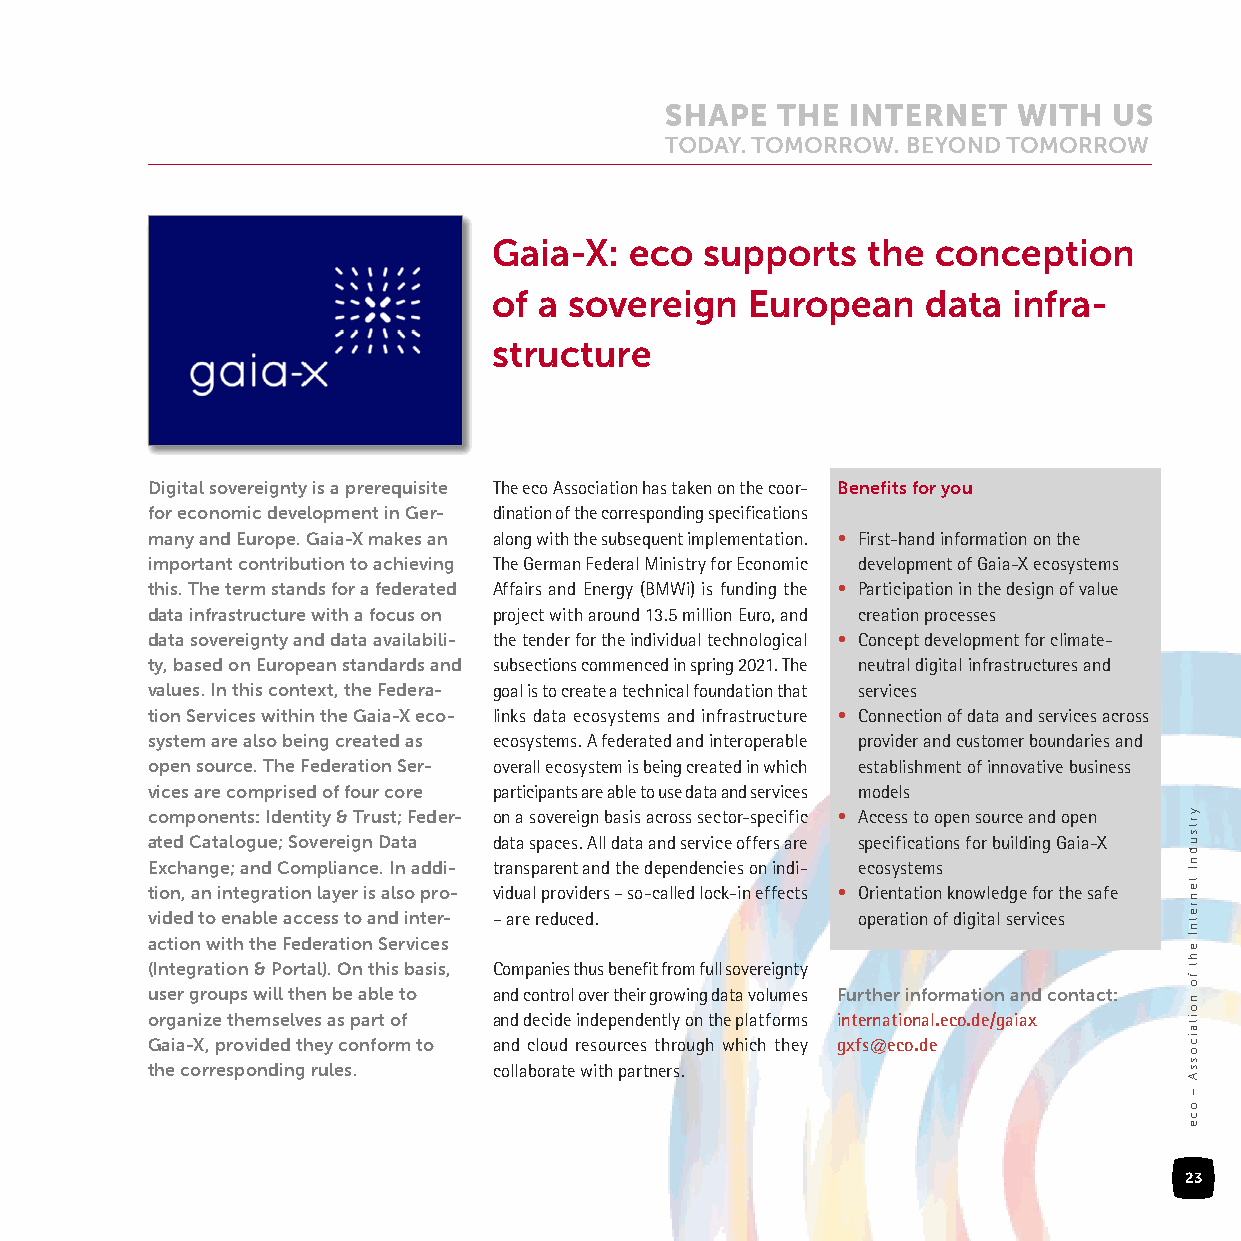
Gaia-X:  eco  supports  the  conception
 of a sovereign  European    data  infra-
 structure
 Digital sovereignty is a prerequisite The eco Association has taken on the coor- Benefits for you
 for economic development in Ger- dination of the corresponding specifications
 many and Europe. Gaia-X makes an along with the subsequent implementation. • First-hand information on the
 important contribution to achieving The German Federal Ministry for Economic development of Gaia-X ecosystems
 this. The term stands for a federated Affairs and Energy (BMWi) is funding the • Participation in the design of value
 data infrastructure with a focus on project with around 13.5 million Euro, and creation processes
 data sovereignty and data availabili- the tender for the individual technological • Concept development for climate-
 ty, based on European standards and subsections commenced in spring 2021. The neutral digital infrastructures and
 values. In this context, the Federa- goal is to create a technical foundation that services
 tion Services within the Gaia-X eco- links data ecosystems and infrastructure • Connection of data and services across
 system are also being created as ecosystems. A federated and interoperable provider and customer boundaries and
 open source. The Federation Ser- overall ecosystem is being created in which establishment of innovative business
 vices are comprised of four core participants are able to use data and services models
 components: Identity & Trust; Feder- on a sovereign basis across sector-specific • Access to open source and open
 ated Catalogue; Sovereign Data data spaces. All data and service offers are specifications for building Gaia-X
 Exchange; and Compliance. In addi- transparent and the dependencies on indi- ecosystems
 tion, an integration layer is also pro- vidual providers – so-called lock-in effects • Orientation knowledge for the safe
 vided to enable access to and inter- – are reduced. operation of digital services
 action with the Federation Services
 (Integration & Portal). On this basis, Companies thus benefit from full sovereignty
 user groups will then be able to and control over their growing data volumes Further information and contact:
 organize themselves as part of and decide independently on the platforms international.eco.de/gaiax
 Gaia-X, provided they conform to and cloud resources through which they gxfs@eco.de
 the corresponding rules. collaborate with partners.
 23
 yrtsudnI
 tenretnI
 eht
 fo
 noitaicossA
 –
 oce